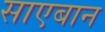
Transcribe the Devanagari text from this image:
साएबान